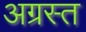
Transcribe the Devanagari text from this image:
अग्रस्त